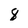
Character: 8